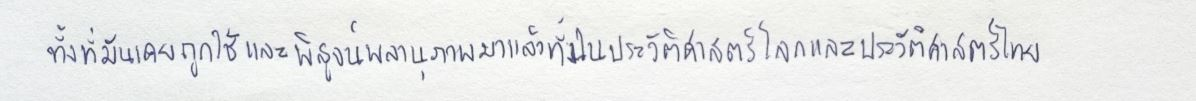
ทั้งที่มันเคยถูกใช้และพิสูจน์พลานุภาพมาแล้วทั้งในประวัติศาสตร์โลกและประวัติศาสตร์ไทย